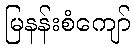
မြနန်းစံကျော်